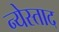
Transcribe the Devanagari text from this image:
न्येस्ताद